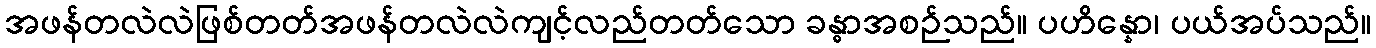
အဖန်တလဲလဲဖြစ်တတ်အဖန်တလဲလဲကျင့်လည်တတ်သော ခန္ဓာအစဉ်သည်။ ပဟိန္နော၊ ပယ်အပ်သည်။